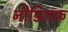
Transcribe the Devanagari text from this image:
नीडिलफ़